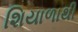
શિયાળાથી